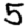
Digit: 5